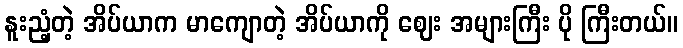
နူးညံ့တဲ့ အိပ်ယာက မာကျောတဲ့ အိပ်ယာကို ဈေး အများကြီး ပို ကြီးတယ်။